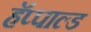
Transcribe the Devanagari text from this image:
हॅप्पाल्ड